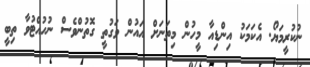
ނުކުރީމަޔޯ. އެކަމަކު އިންޑިއާ މީހުން މިތަނަށް އައުން ވަގުތީ ގޮތުންވެސް ނުހުއްޓުވާ ތިބީ